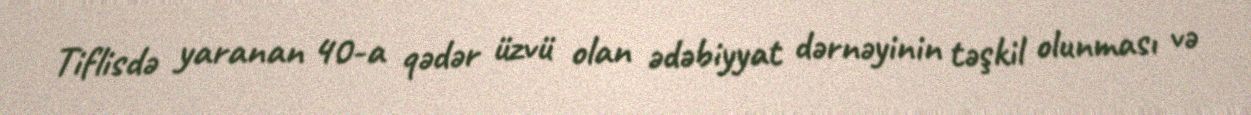
Tiflisdə yaranan 40-a qədər üzvü olan ədəbiyyat dərnəyinin təşkil olunması və